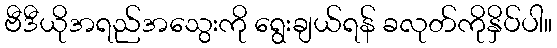
ဗီဒီယိုအရည်အသွေးကို ရွေးချယ်ရန် ခလုတ်ကိုနှိပ်ပါ။